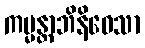
ကမ္မန္တာဘိနိဝေသာ